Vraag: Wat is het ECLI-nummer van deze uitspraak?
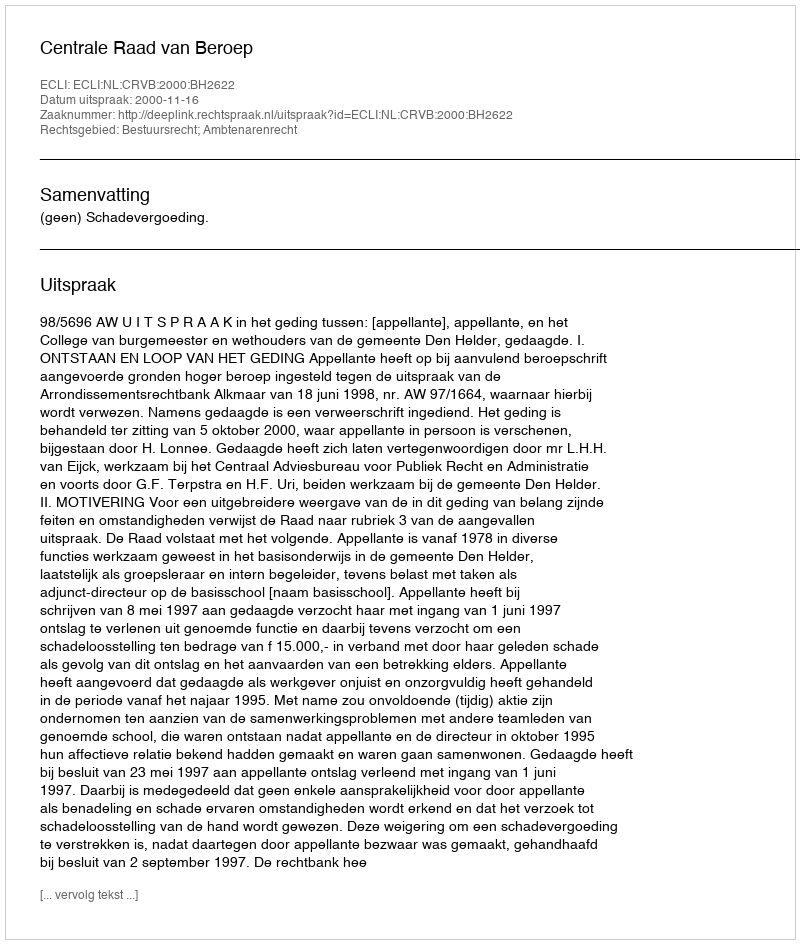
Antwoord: ECLI:NL:CRVB:2000:BH2622